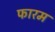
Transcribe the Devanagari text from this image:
फारम